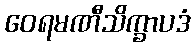
ဝေရမဏီသိက္ခာပဒံ